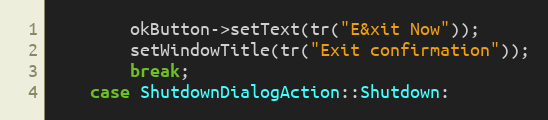
Language: C++
        okButton->setText(tr("E&xit Now"));
        setWindowTitle(tr("Exit confirmation"));
        break;
    case ShutdownDialogAction::Shutdown: